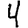
Digit: 4